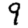
Digit: 9